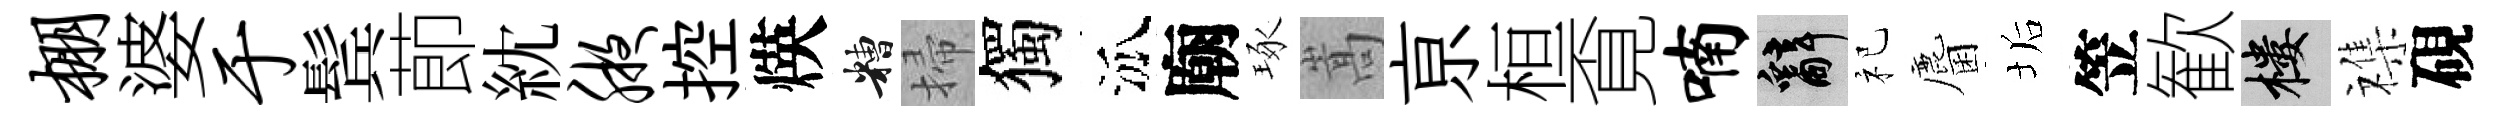
棚婆于鬂莭紞腋控煐糟掃獨泒廟琢嵩亰桓覔喃辭祀麕垢笠歓樓襍硯